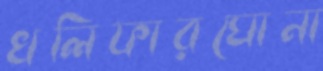
খলিফারঘোনা